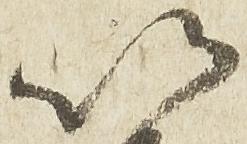
以